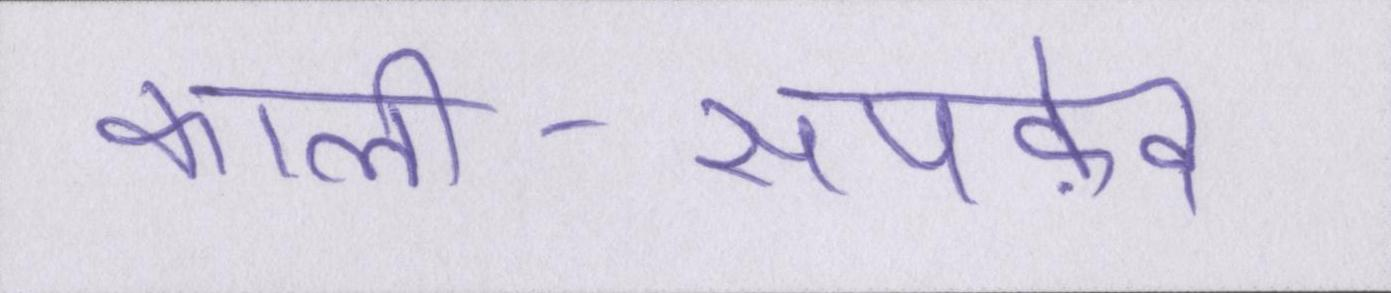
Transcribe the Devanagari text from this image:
काली-सपफ़ेद